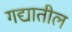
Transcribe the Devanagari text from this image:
गद्यातील